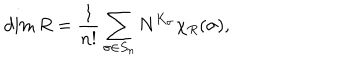
\dim R = \frac { 1 } { n ! } \sum _ { \sigma \in S _ { n } } N ^ { K _ { \sigma } } \chi _ { R } ( \sigma ) ,